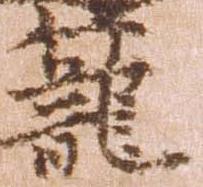
籠